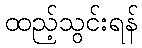
ထည့်သွင်းရန်